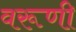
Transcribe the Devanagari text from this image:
वरूणी